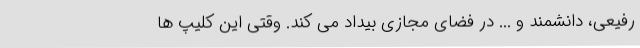
رفیعی، دانشمند و ... در فضای مجازی بیداد می کند. وقتی این کلیپ ها